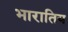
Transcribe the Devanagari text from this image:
भारातिय